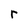
Character: r